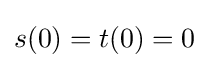
s(0)=t(0)=0